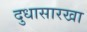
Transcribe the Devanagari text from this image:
दुधासारखा